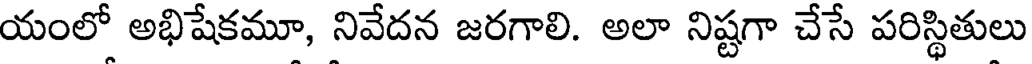
యంలో అభిషేకమూ, నివేదన జరగాలి. అలా నిష్టగా చేసే పరిస్థితులు